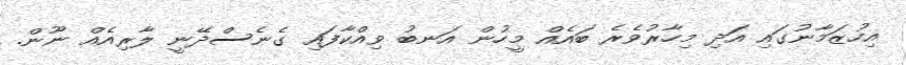
އިހުޒަމާނުގައި އަދި މިހާރުވެރެ ބައެއް މީހުން އަނބު ވިއްކާފައި ގެނެސްދޭނީ ލާރިއެއް ނޫން.